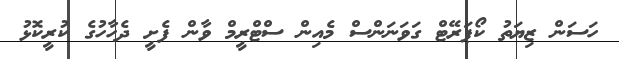
ހަސަން ޒިޔަތު ކޯޕަރޭޓް ގަވަނަންސް މެއިން ސްޓްރީމް ވާން ފެށީ ދެހާހުގެ ކުރީކޮޅު